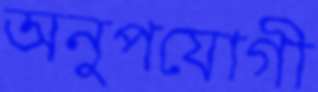
অনুপযোগী